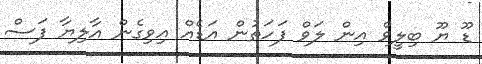
ޑޫ ޔޫ ބިލީވް އިން ލަވް ފަހަތުން އަޑެއް އިވިގެން އާލިޔާ ފަސް